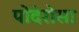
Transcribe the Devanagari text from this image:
पोंदेरोसा